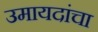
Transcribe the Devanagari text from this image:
उमायदांचा